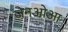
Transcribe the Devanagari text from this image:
जेनओआ